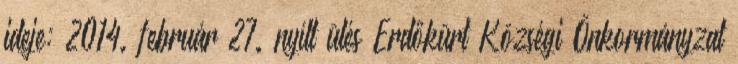
ideje: 2014. február 27. nyílt ülés Erdőkürt Községi Önkormányzat